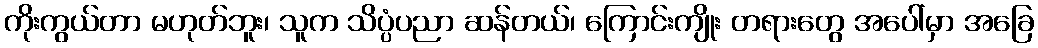
ကိုးကွယ်တာ မဟုတ်ဘူး၊ သူက သိပ္ပံပညာ ဆန်တယ်၊ ကြောင်းကျိုး တရားတွေ အပေါ်မှာ အခြေ